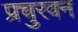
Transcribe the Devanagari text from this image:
प्रचुरवन